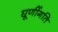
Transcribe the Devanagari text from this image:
घूर्णीगति